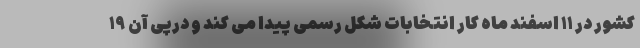
کشور در ۱۱ اسفند ماه کار انتخابات شکل رسمی پیدا می کند و درپی آن ۱۹